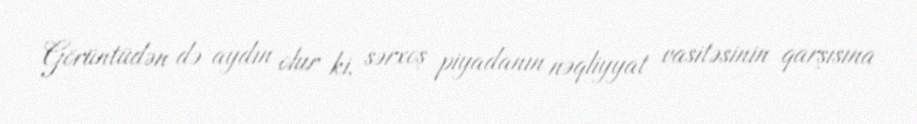
Görüntüdən də aydın olur ki, sərxoş piyadanın nəqliyyat vasitəsinin qarşısına